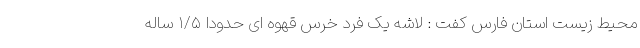
محیط زیست استان فارس کفت : لاشه یک فرد خرس قهوه ای حدودا ۱/۵ ساله